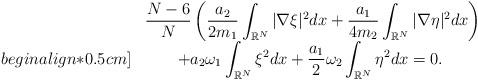
LaTeX: \begin{align*}\left.\begin{array}{ll}&\displaystyle\dfrac{N-6}{N}\left(\dfrac{a_2}{2m_1}\int_{\mathbb{R}^N}|\nabla \xi|^2dx+\dfrac{a_1}{4m_2}\int_{\mathbb{R}^N}|\nabla \eta|^2dx\right)\\begin{align*}0.5cm]&\qquad\displaystyle+a_2\omega_1\int_{\mathbb{R}^N}\xi^2dx+\dfrac{a_1}{2}\omega_2\int_{\mathbb{R}^N}\eta^2dx=0.\end{array}\right.\end{align*}